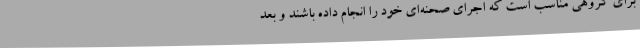
برای گروهی مناسب است که اجرای صحنه‌ای خود را انجام داده باشند و بعد